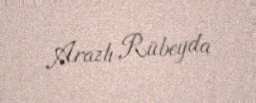
Arazlı Rübeyda